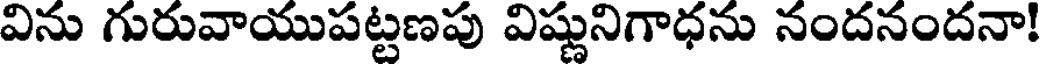
విను గురువాయుపట్టణపు విష్ణునిగాధను నందనందనా!